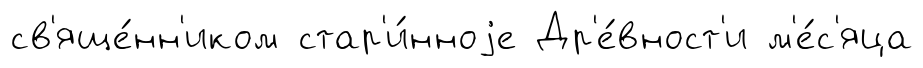
св'яще́нн'иком стар'и́нноjе Др'е́вност'и м'е́с'яца